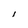
Character: l